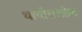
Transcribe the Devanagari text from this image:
थायोसल्फ़ेट